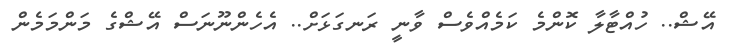
އޭޝް.. ހުއްޓާލާ ކޮންމެ ކަމެއްވެސް ވާނީ ރަނގަޅަށް.. އެހެންނޫނަސް އޭޝްގެ މަންމަމެން